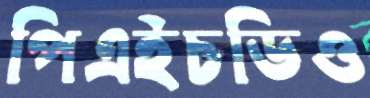
পিএইচডিও